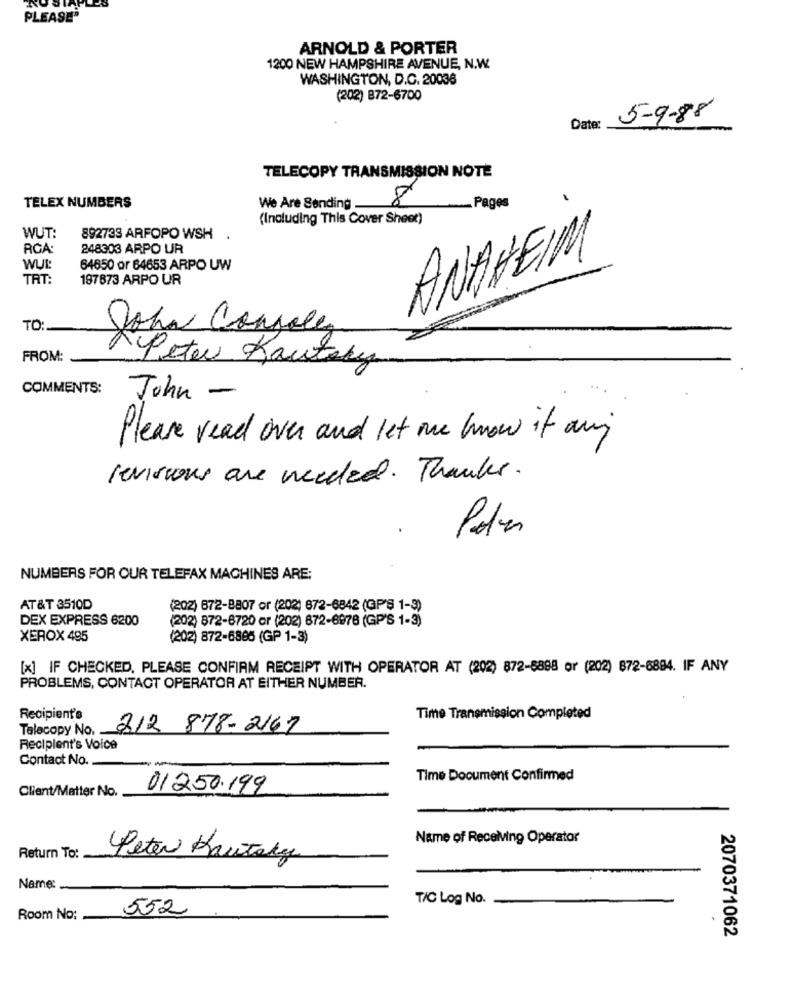
PLEASE®
ARNOLD & PORTER
1200 NEW HAMPSHIRE AVENUE, N.W.
WASHINGTON, D.C. 20036
(202) 872-6700
5-9-88
Date:
TELECOPY TRANSMISSION NOTE
8
Pages
TELEX NUMBERS
We Are Sending
(Including This Cover Sheet)
WUT:
892733 ARFOPO WSH .
RCA:
248303 ARPO UR
ANAHEIM
WUL:
64650 or 64653 ARPO UW
TRT:
197873 ARPO UR
TO:
John Console
FROM:
Peter Kautsky
COMMENTS:
John -
Please read over and let me know if any
revisions are needed . Thanks .
Polar
NUMBERS FOR OUR TELEFAX MACHINES ARE:
AT&T 3510D
(202) 672-8807 or (202) 872-6842 (GP'S 1-3)
DEX EXPRESS 6200
(202) 872-8720 or (202) 672-6978 (GP'S 1-3)
XEROX 495
(202) 872-6886 (GP 1-3)
[x] IF CHECKED, PLEASE CONFIRM RECEIPT WITH OPERATOR AT (202) 872-8888 or (202) 672-8884. IF ANY
PROBLEMS, CONTACT OPERATOR AT EITHER NUMBER.
Recipient's
Time Transmission Completed
Talecopy No.
212 878-2167
Recipient's Voice
Contact No.
Time Document Confirmed
Client/Matter No.
01250.199
Name of Receiving Operator
Return To:
Peter Kautelg
Name:
T/C Log No.
552
Room No:
2070371062